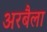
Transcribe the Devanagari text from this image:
अरबैला